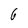
Character: 6